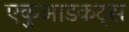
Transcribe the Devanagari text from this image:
एकुआडकट्स